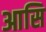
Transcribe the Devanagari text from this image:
आसि